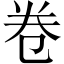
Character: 卷